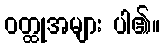
ဝတ္ထုအများ ပါ၏။